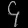
Digit: ၄